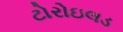
ટોરોઇલડ